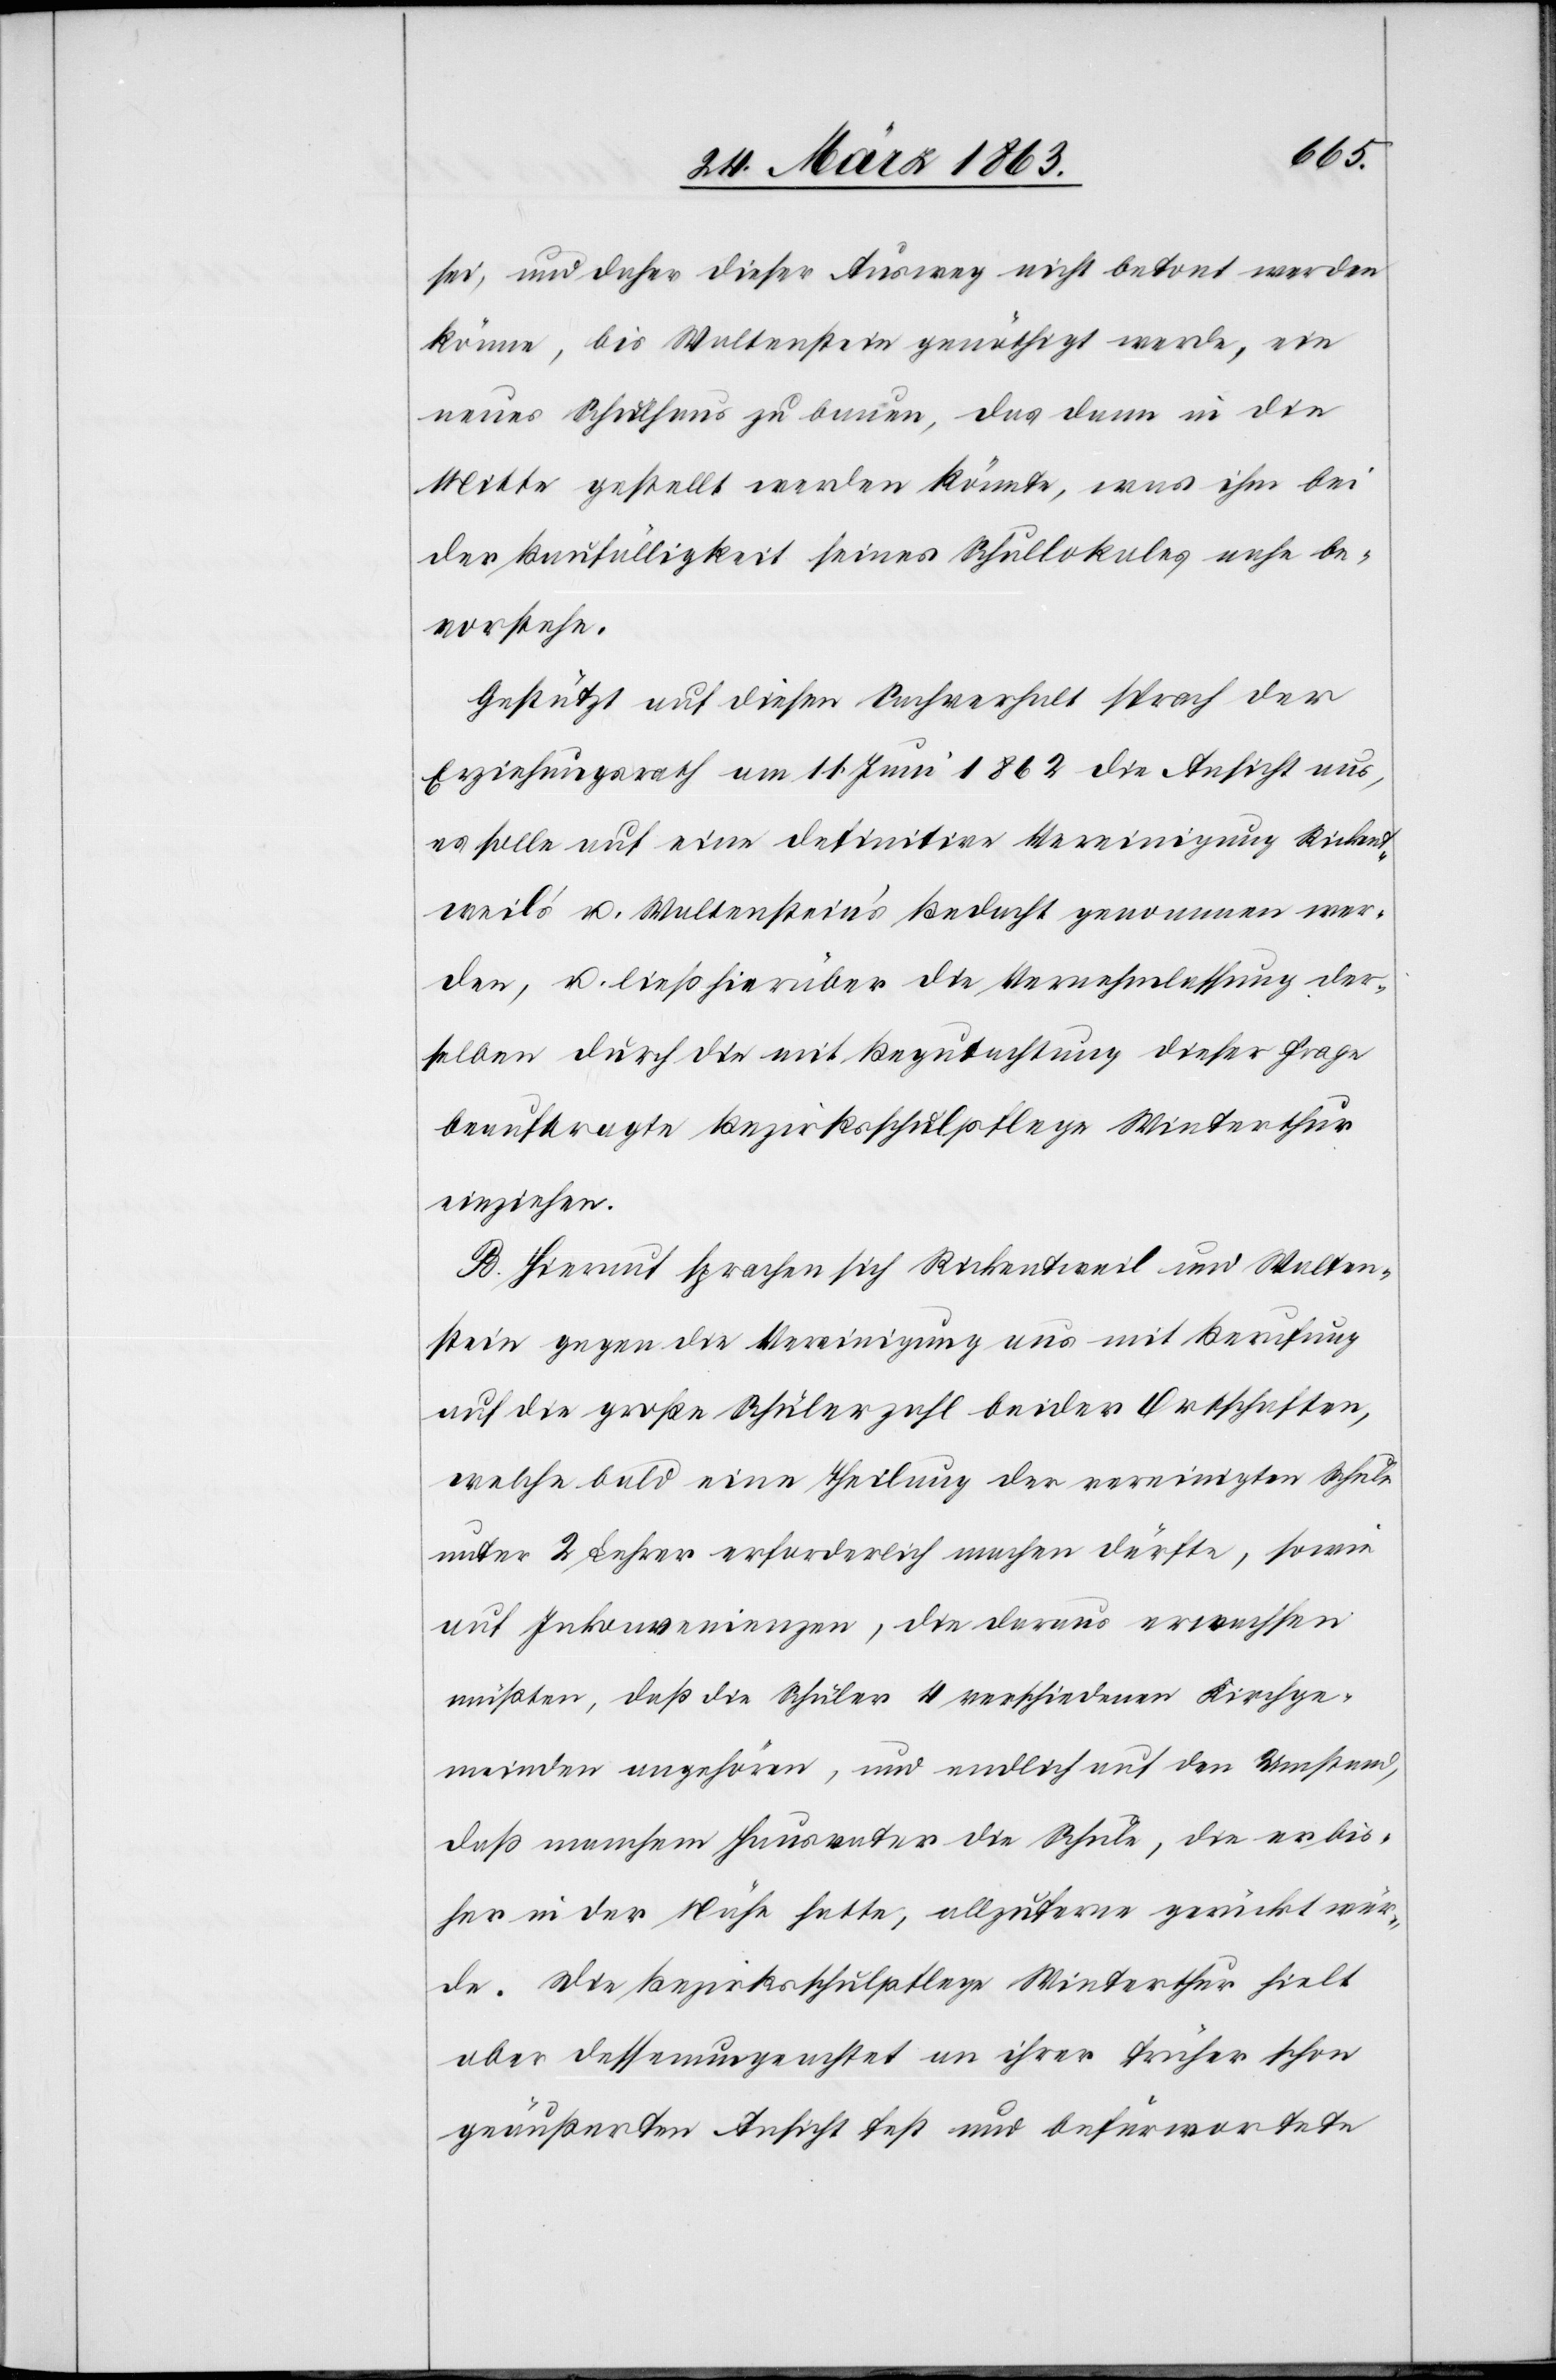
sei, und daher dieser Ausweg nicht betont werden
könne, bis Waltenstein genöthigt werde, ein
neues Schulhaus zu bauen, das dann in die
Mitte gestellt werden könnte, was ihm bei
der Baufälligkeit seines Schullokales nahe be¬
vorstehe.
Gestützt auf diesen Sachverhalt sprach der
Erziehungsrath am 11. Juni 1862 die Ansicht aus,
es solle auf eine definitive Vereinigung Rickent¬
weil's u. Waltenstein's Bedacht genommen wer¬
den, u. ließ hierüber die Vernehmlassung der¬
selben durch die mit Begutachtung dieser Frage
beauftragte Bezirksschulpflege Winterthur
einziehen.
B. Hierauf sprachen sich Rickentweil und Walten¬
stein gegen die Vereinigung aus mit Berufung
auf die große Schülerzahl beider Ortschaften,
welche bald eine Theilung der vereinigten Schule
unter 2 Lehrer erforderlich machen dürfte, sowie
auf Inkonvenienzen, die daraus erwachsen
müßten, daß die Schüler 4 verschiedenen Kirchge¬
meinden angehören, und endlich auf den Umstand,
daß manchem Hausvater die Schule, die er bis¬
her in der Nähe hatte, allzuferne gerückt wür¬
de. Die Bezirksschulpflege Winterthur hielt
aber dessenungeachtet an ihrer früher schon
geäußerten Ansicht fest und befürwortete